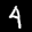
Label: 4